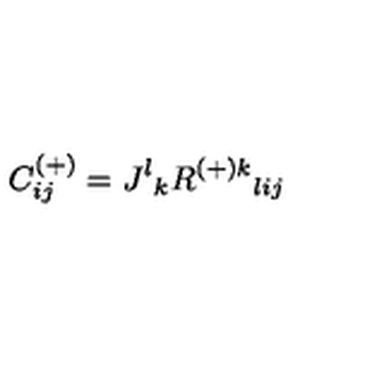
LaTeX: C _ { i j } ^ { ( + ) } = J ^ { l } { } _ { k } R ^ { { ( + ) } k } { } _ { l i j }